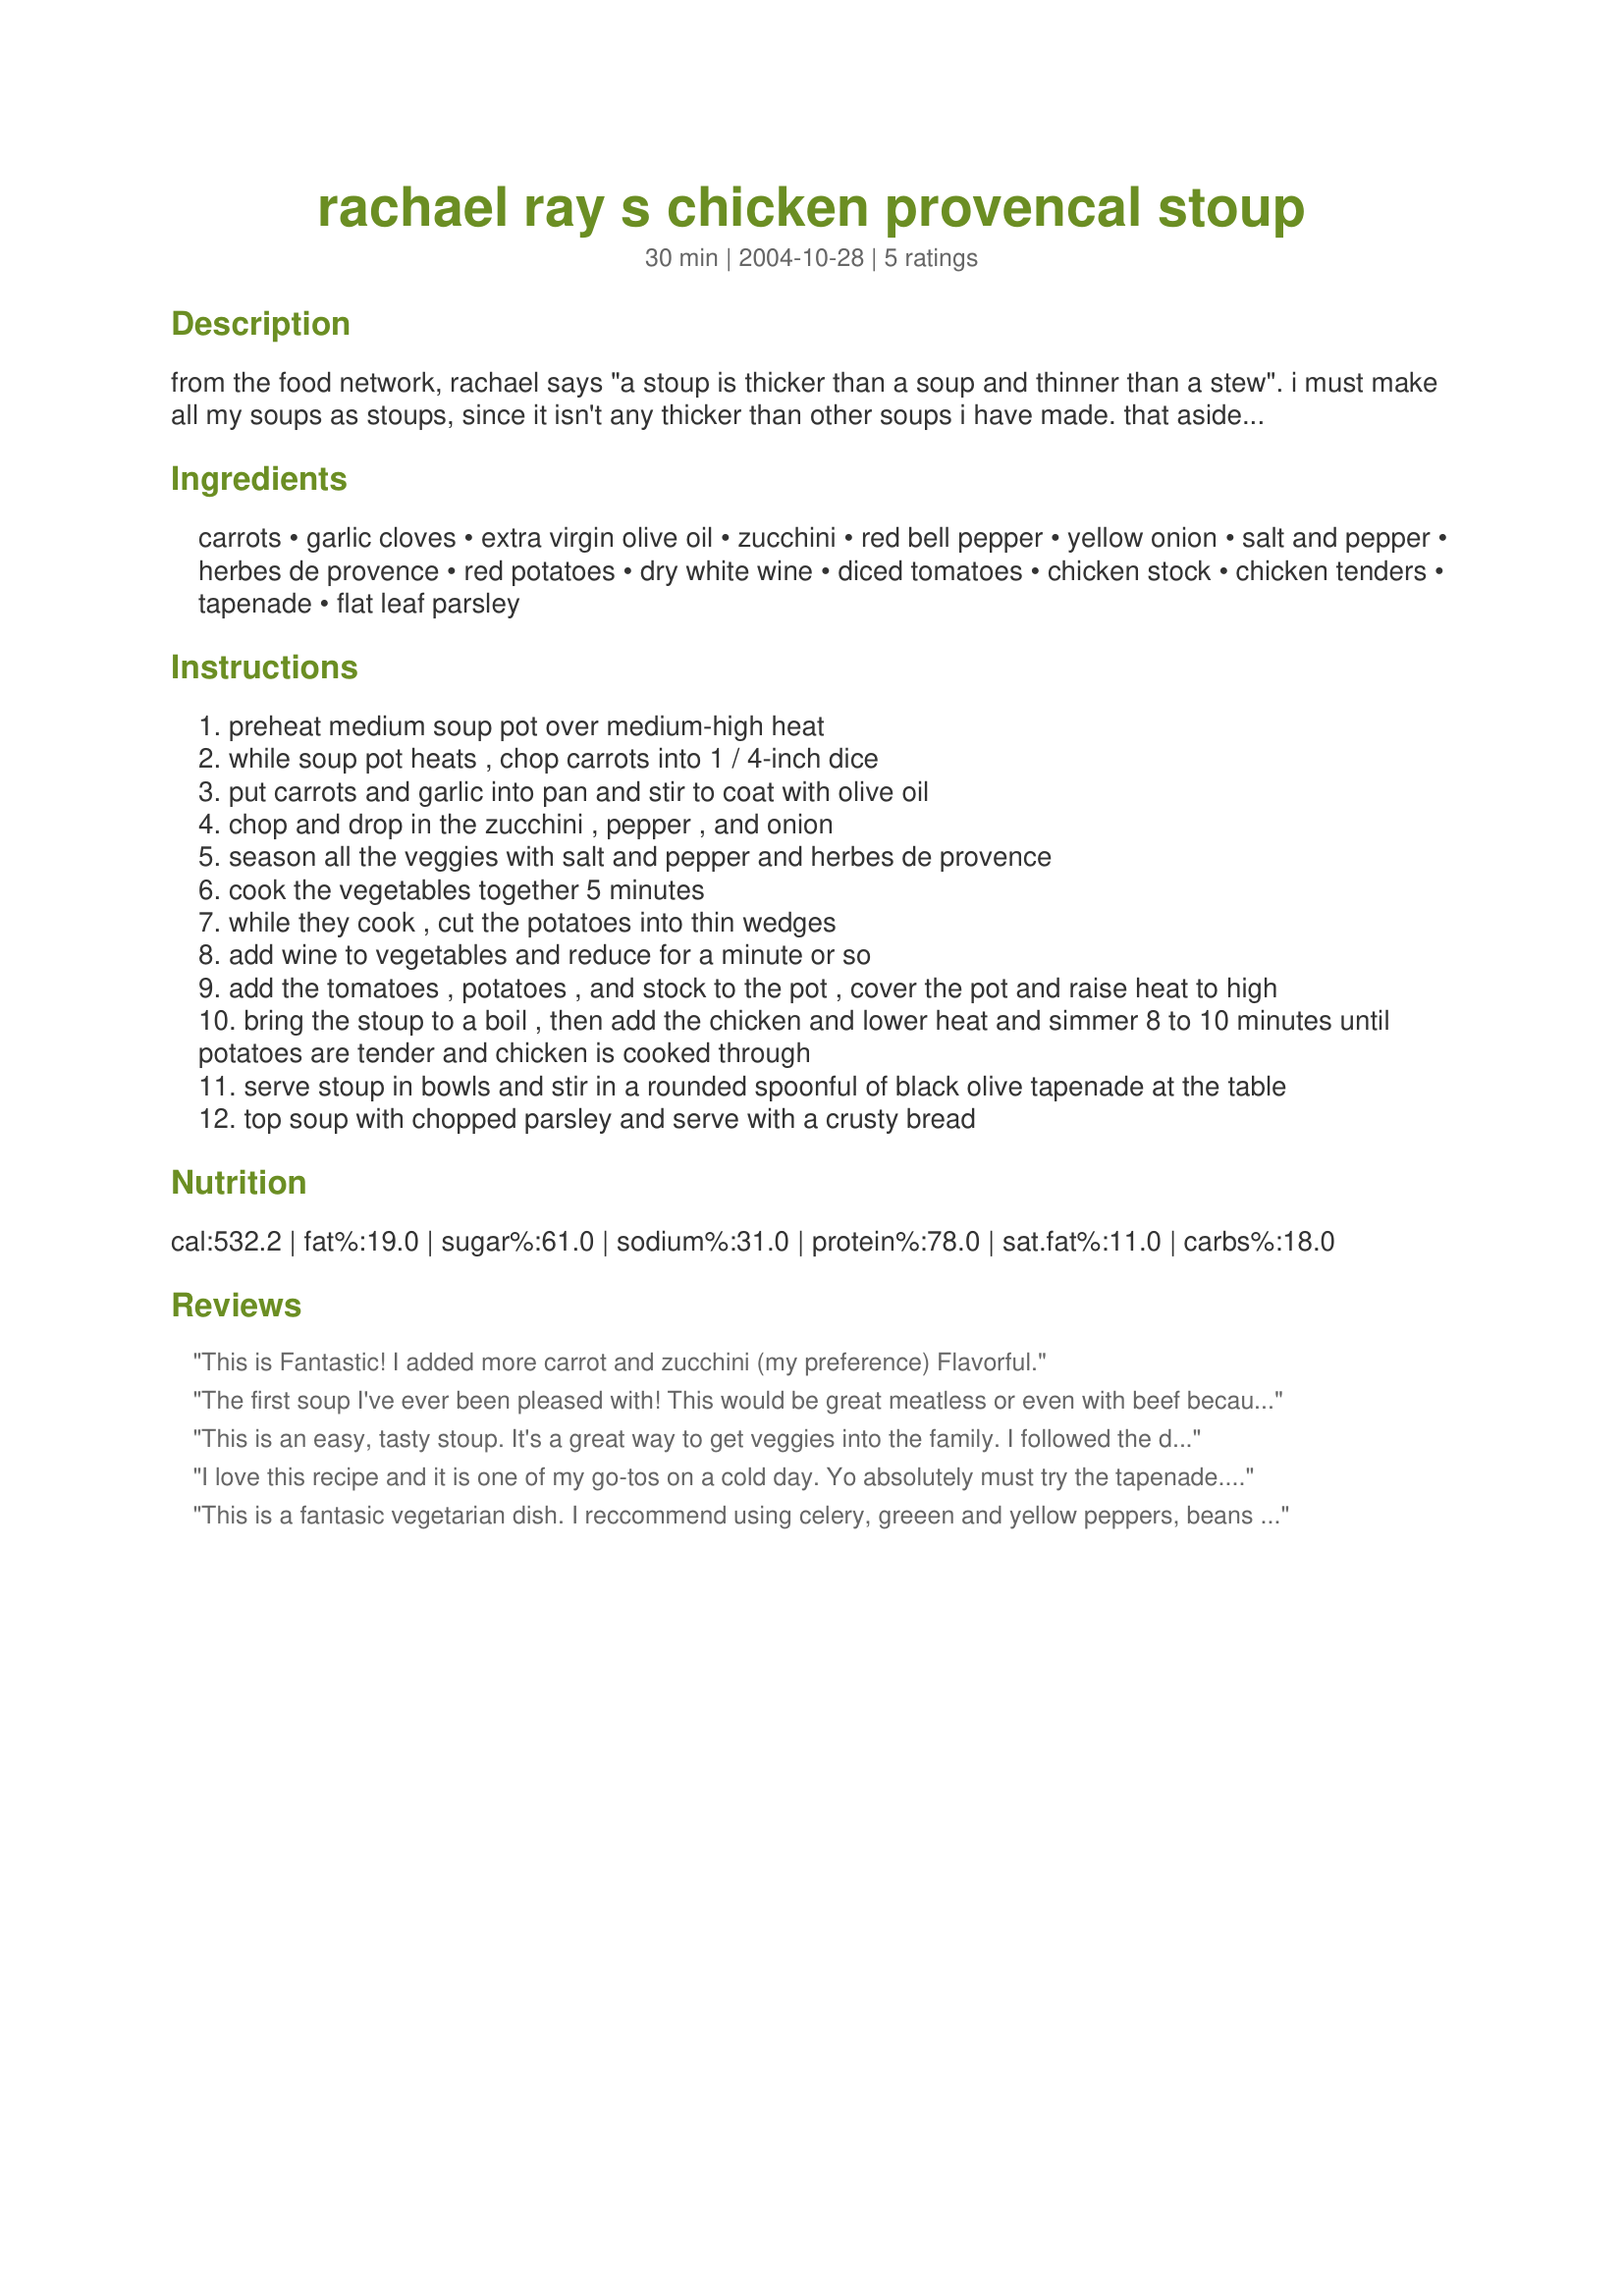
rachael ray s chicken provencal stoup
Preparation time: 30 minutes

from the food network, rachael says "a stoup is thicker than a soup and thinner than a stew". i must make all my soups as stoups, since it isn't any thicker than other soups i have made. that aside, this is a very tasty soup -- one that i will make often. i cut up all my veggies ahead of time and made the recipe as posted except i didn't use the black olive tapenade because my store doesn't carry it and i stirred the parsley into the stoup while it was simmering. i also let it simmer on the stove for 20-30 minutes because i wasn't ready to serve dinner yet and it was fine. it is excellent and definitely a keeper!

Ingredients:
carrots, garlic cloves, extra virgin olive oil, zucchini, red bell pepper, yellow onion, salt and pepper, herbes de provence, red potatoes, dry white wine, diced tomatoes, chicken stock, chicken tenders, tapenade, flat leaf parsley

Steps:
preheat medium soup pot over medium-high heat
while soup pot heats , chop carrots into 1 / 4-inch dice
put carrots and garlic into pan and stir to coat with olive oil
chop and drop in the zucchini , pepper , and onion
season all the veggies with salt and pepper and herbes de provence
cook the vegetables together 5 minutes
while they cook , cut the potatoes into thin wedges
add wine to vegetables and reduce for a minute or so
add the tomatoes , potatoes , and stock to the pot , cover the pot and raise heat to high
bring the stoup to a boil , then add the chicken and lower heat and simmer 8 to 10 minutes until potatoes are tender and chicken is cooked through
serve stoup in bowls and stir in a rounded spoonful of black olive tapenade at the table
top soup with chopped parsley and serve with a crusty bread

Reviews:
This is Fantastic! I added more carrot and zucchini (my preference) Flavorful.
The first soup I've ever been pleased with! 
This would be great meatless or even with beef because it's such a basic vegetable base.
I liked the wine in the broth too. I bought the tapenade but liked the soup without it so I didn't open it...I'll try it next batch. Great with grilled cheese sandwiches:)

Update: Opened the tapenade and tried it with the 4th batch of soup I'd made. Really good! This is an awesome recipe and freezes well too.
This is an easy, tasty stoup. It's a great way to get veggies into the family. I followed the directions, but i think it would be good with other veggies like green beans or broccoli.to kids.
I love this recipe and it is one of my go-tos on a cold day. Yo absolutely must try the tapenade. It adds so much flavor, and leftovers are yummy spread on toast. Try msking if from scratch. It's easy if you have a food processor.
This is a fantasic vegetarian dish. I reccommend using celery, greeen and yellow peppers, beans and even corn! It fills you up and tastes amazing! Great cold day meal!
